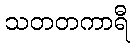
သတတကာရီ